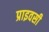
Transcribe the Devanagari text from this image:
प्राइवसी